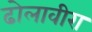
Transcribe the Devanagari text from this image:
ढोलावीरा